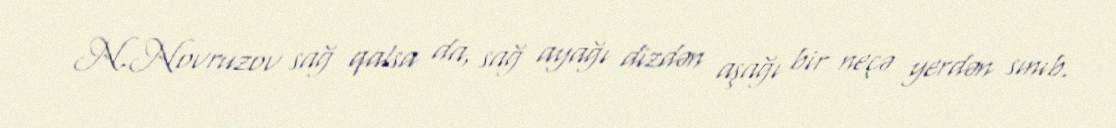
N.Novruzov sağ qalsa da, sağ ayağı dizdən aşağı bir neçə yerdən sınıb.